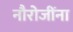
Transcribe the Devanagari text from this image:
नौरोजींना